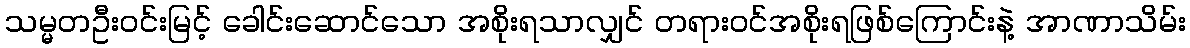
သမ္မတဦးဝင်းမြင့် ခေါင်းဆောင်သော အစိုးရသာလျှင် တရားဝင်အစိုးရဖြစ်ကြောင်းနဲ့ အာဏာသိမ်း